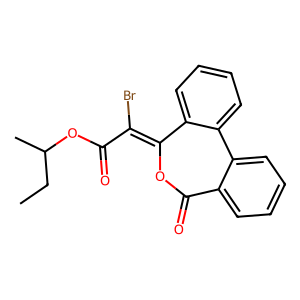
SMILES: CCC(C)OC(=O)C(Br)=C1OC(=O)c2ccccc2-c2ccccc21
Inhibits HIV replication: No